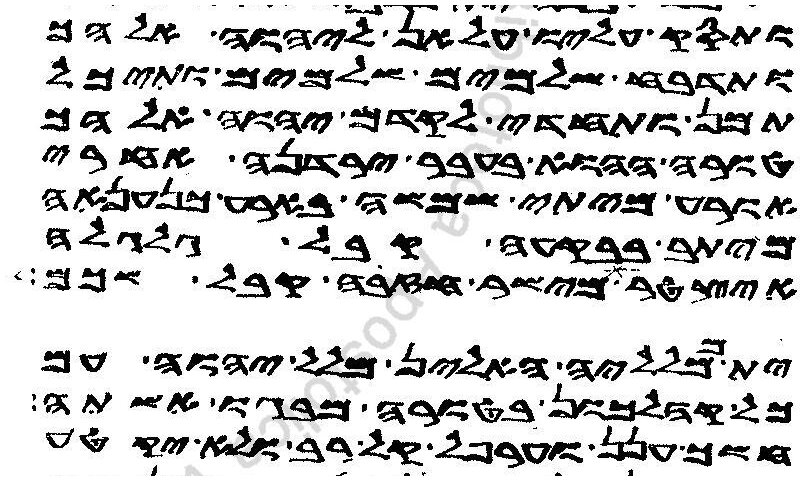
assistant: ותסק עליו עלאן ליהוה אלהך
ותדבח שלמים שלמים ותיכל
תמן ותחדי לקדם יהוה אלהך
טורה ההוא בעבר ירדנה אחרי
אורע מיתי שמשה בארע כנענאה
מיתב בבקעה קבל גלגלה
איצטר מישר חזבה קבל שכם
ית ממלליה האלין מלל יהוה עם
כל קהלכון בטורה מבגו אשתה
חשך ענן וערפל קל רב ולא יקטע